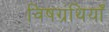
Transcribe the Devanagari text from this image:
विषग्रंथियाँ